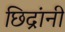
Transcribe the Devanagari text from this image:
छिद्रांनी